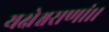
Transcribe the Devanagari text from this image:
यक्षेश्वराणां।।